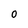
Character: 0